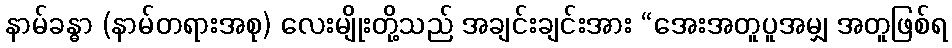
နာမ်ခန္ဓာ (နာမ်တရားအစု) လေးမျိုးတို့သည် အချင်းချင်းအား “အေးအတူပူအမျှ အတူဖြစ်ရ